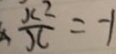
\frac { x ^ { 2 } } { x } = - 1